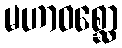
မဟာဝစ္ဆော